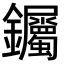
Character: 钃